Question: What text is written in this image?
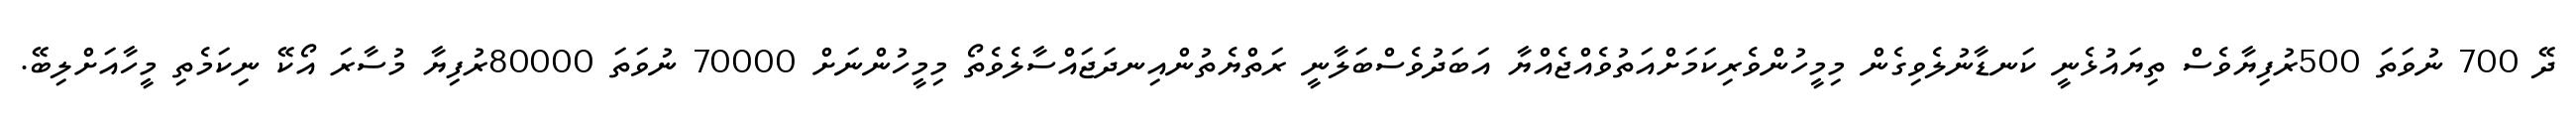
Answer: ދޭ 700 ނުވަތަ 500ރުފިޔާވެސް ތިޔައުޅެނީ ކަނޑާނުލެވިގެން މިމީހުންވެރިކަމަށްއަތުވެއްޖެއްޔާ އަބަދުވެސްބަލާނީ ރަތްޔެތުންއިނދަޖައްސާލެވެތޯ މިމީހުންނަށް 70000 ނުވަތަ 80000ރުފިޔާ މުސާރަ އޯކޭ ނިކަމެތި މީހާއަށްލިބޭ.